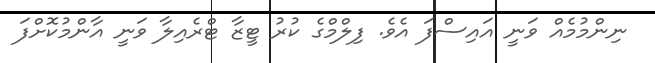
ނިންމުމެއް ވަނީ އައިސްފަ އެވެ. ފިލްމްގެ ކުރު ޓީޒާ ޓްރެއިލާ ވަނީ އާންމުކޮށްފަ